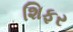
શિફર